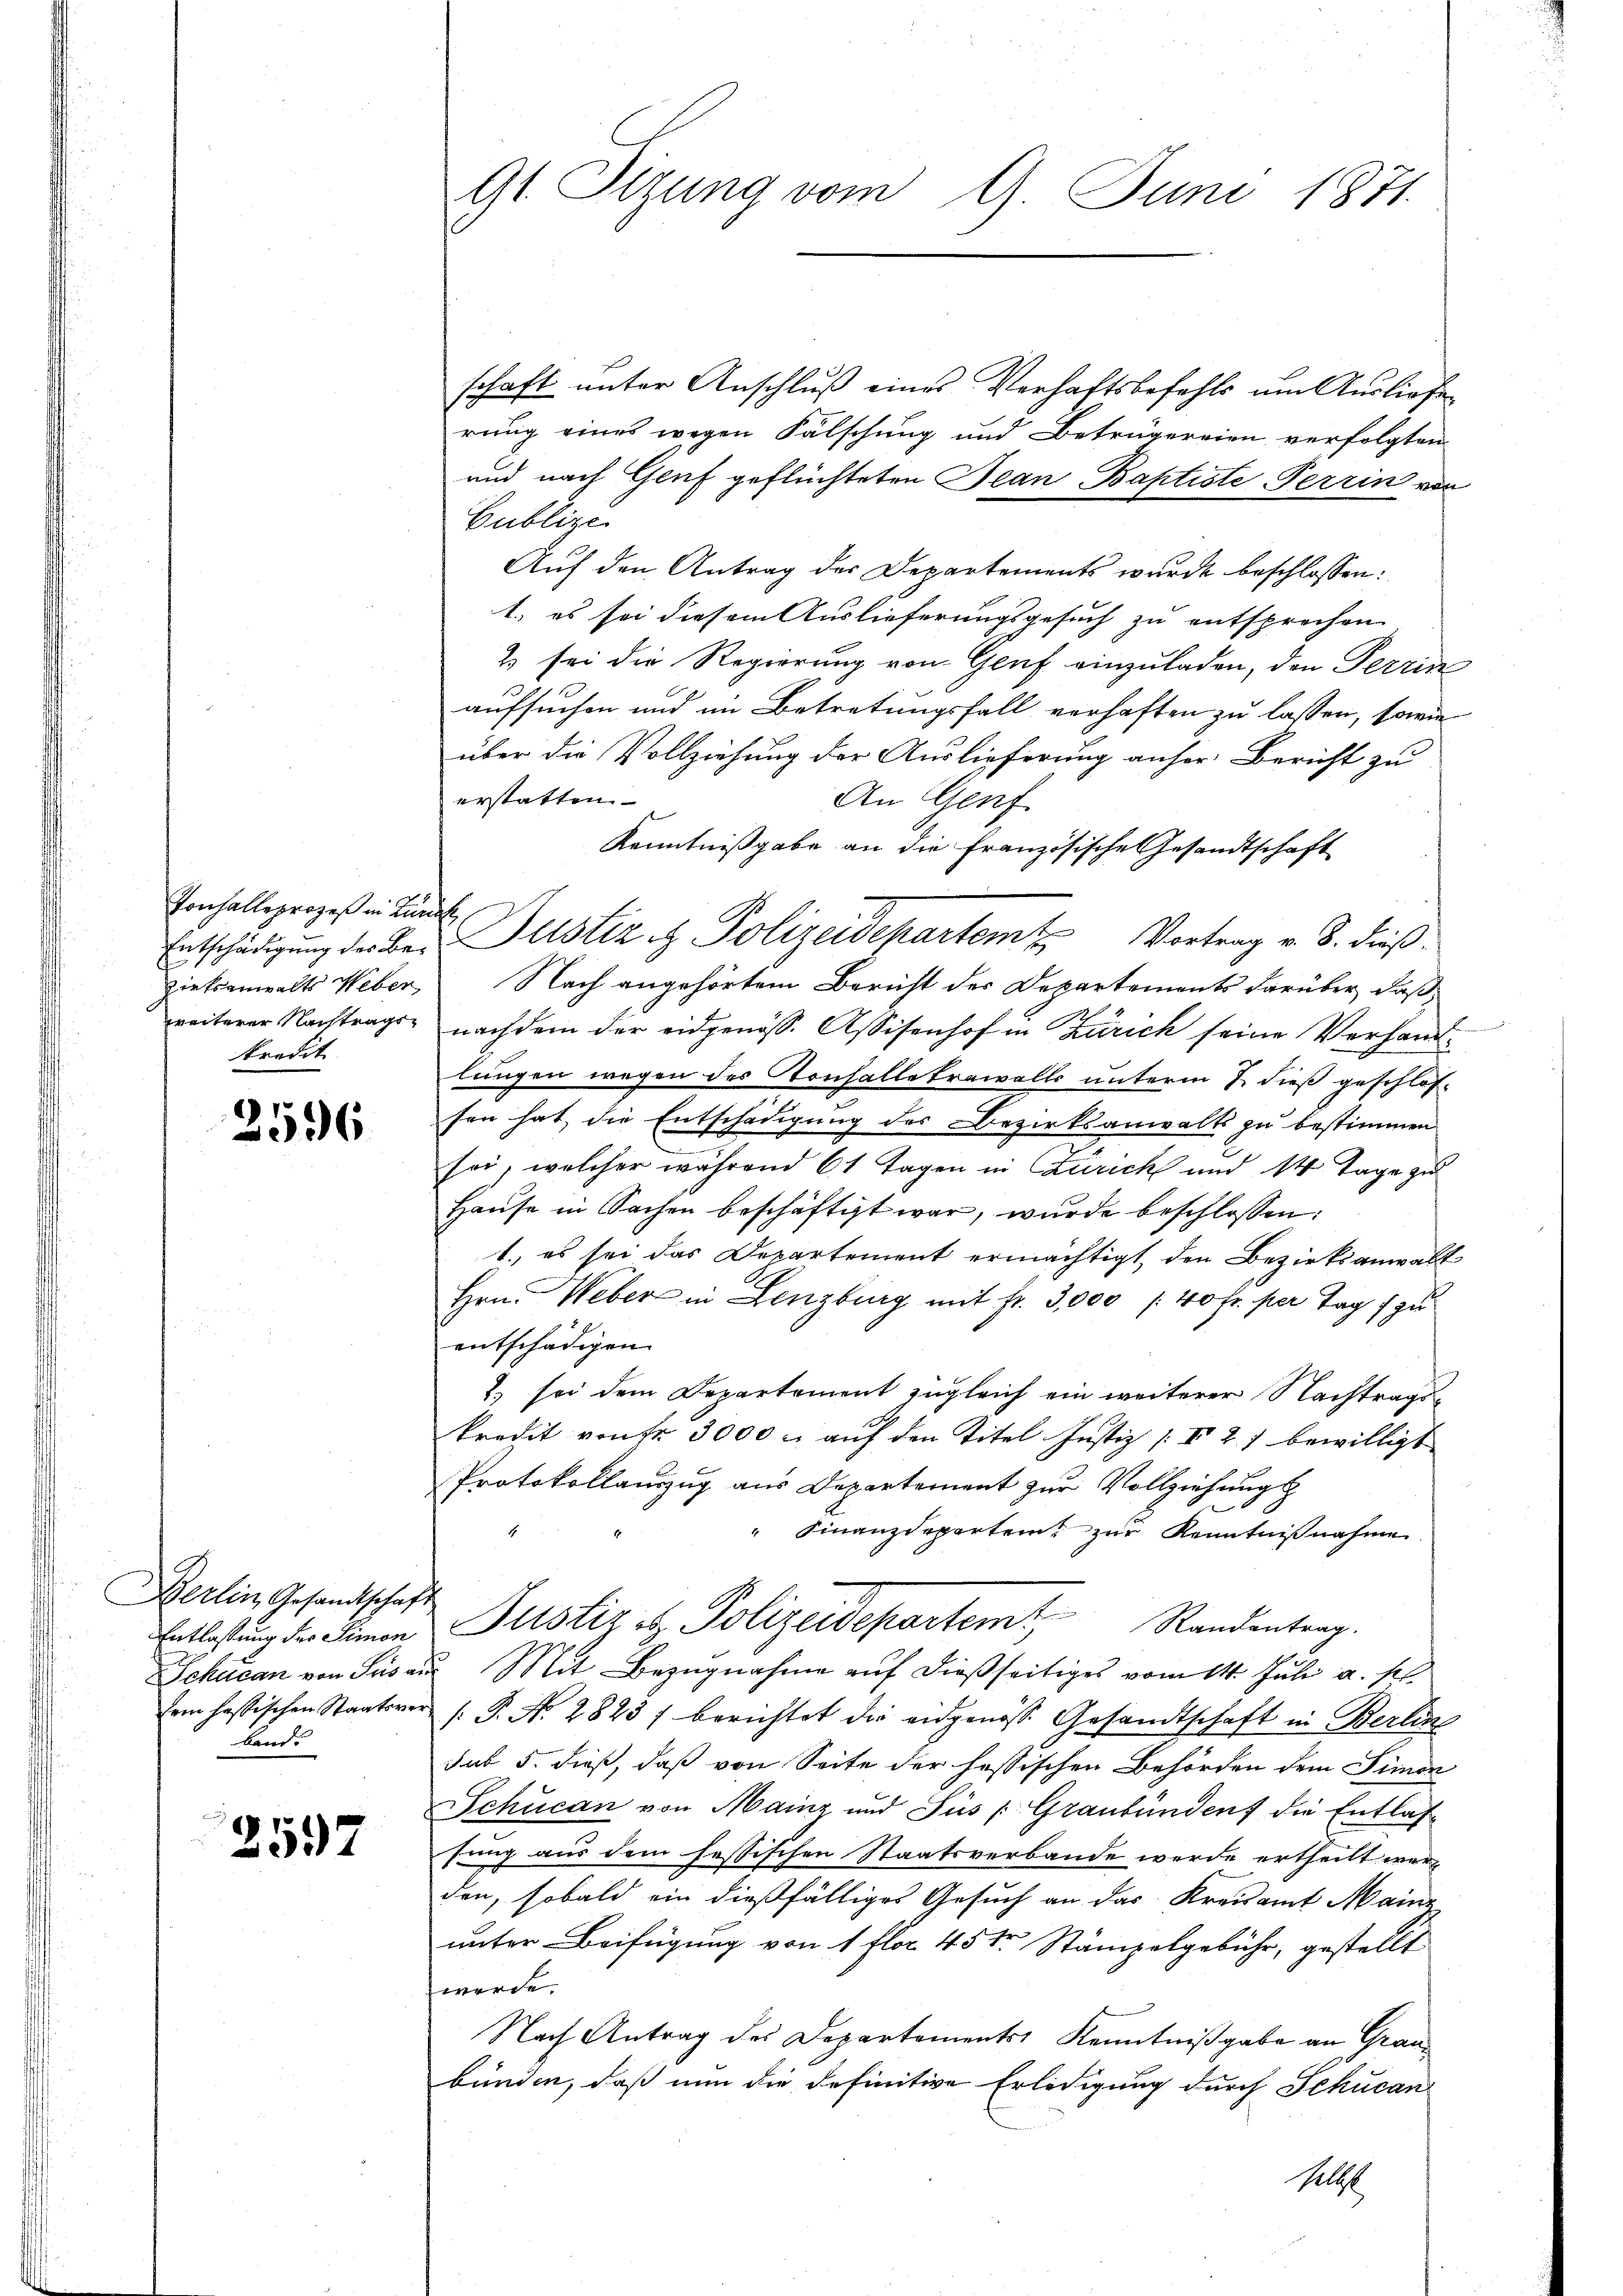
Vonhalle prozeß in Kundet,
Zietsanwalts Weber
weiterer Nachtragskredit

2596

Berlin Gesandtschaft
Entlassung der Simon
Schulan von Jus an
band.

2597

91. Itzung vom 9. Juni 1871.

schaft unter Anschluß eines Verhaftsbefehls um Ausliefe
rung eines wegen Fälschung und Betrügereien verfolgten
und nach Genf geflüchteten Jean Baptiste Perrin vor
Gublize
Auf den Antrag der Departements wurde beschlossen:
1., es sei diesem Auslieferungsgesuch zu entsprechen,
2 sei die Regierung von Genf einzuladen, den Perrin
aufsuchen und im Betretungsfall verhaften zu lassen, sowie
über die Vollziehung der Auslieferung anher Bericht zu
erstatten
An Genf
Kenntnißgabe an die Französische Gesandtschaft
Entschädigung der Bei Justiz & Polizeidepartem Vortrag v. 8. dieß¬
Nach angehörtem Bericht der Departements darüber, daß
nachdem der eidgenöss. Assisenhof in Zürich seine Verhand-
lungen wegen des Tonhalletrawalls unterm 7. dieß geschlosfen hat, die Entschädigung des Bezirksanwalts zu bestimmen
sei, welcher während 61 Tagen in Zürich und 14 Tage zu
Hause in Sachen beschäftigt war, wurde beschlossen:
1., es sei das Departement ermächtigt, den Bezirksanwalt
Hrn. Weber in Lenzburg mit Fr. 3,000 f 40 fr. per Tag zu
entschädigen.
2) sei dem Departement zugleich ein weiterer Nachtragskredit von Fr. 3000 u. auf den Titel Justiz /: VI 2. 1 bewilligt
Protokollauszug aus Departement zur Vollziehung
" Finanzdepartem zur Kenntnißnahme
Justiz & Polizeidepartem Randentrag.
u Mit Bezugnahme auf dießseitiges vom 14. Juli a. p.
Erm hastischen Staatsver (: P. Nr. 2823 / berichtet die eidgenösse Gesandtschaft in Berlin
sub 5. dieß, daß von Seite der hessischen Behörden dem Simon
Schucan von Mainz und Süs (Graubünden die Entlas-
fung aus dem festischen Staatsverbande werde ertheilt wer
den, sobald ein dießfälliges Gesuch an das Kreisamt Mainz
unter Beifügung von 1 flor 45 te Stämpelgebühr, gestellt
werde.
Nach Antrag des Departements Kenntnißgabe an Grau
bunden, daß nun die definitive Erledigung durch Schucan
Klost